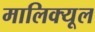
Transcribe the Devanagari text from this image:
मालिक्यूल